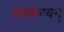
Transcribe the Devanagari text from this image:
प्राणाण्यम्